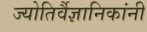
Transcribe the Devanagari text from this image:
ज्योतिर्वैज्ञानिकांनी